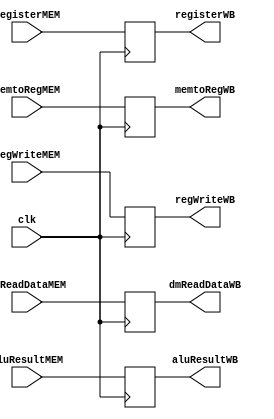
`ifndef MODULE_MEM_WB
`define MODULE_MEM_WB
`timescale 1ns / 1ps

module MEM_WB (
    input               clk,

    input       [31:0]  dmReadDataMEM,
                        aluResultMEM,
    input       [4:0]   registerMEM,
    input               memtoRegMEM,
                        regWriteMEM,

    output reg  [31:0]  dmReadDataWB,
                        aluResultWB,
    output reg  [4:0]   registerWB,
    output reg          memtoRegWB,
                        regWriteWB
);

    initial begin
        dmReadDataWB    = 32'b0;
        aluResultWB     = 32'b0;
        registerWB      = 5'b0;
        memtoRegWB      = 1'b0;
        regWriteWB      = 1'b0;
    end

    always @ (posedge clk) begin
        dmReadDataWB    <= dmReadDataMEM;
        aluResultWB     <= aluResultMEM;
        registerWB      <= registerMEM;
        memtoRegWB      <= memtoRegMEM;
        regWriteWB      <= regWriteMEM;
    end

endmodule // MEM_WB

`endif // MODULE_MEM_WB